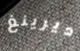
ديرينغ